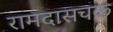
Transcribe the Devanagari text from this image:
रामदासचक